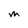
Character: M